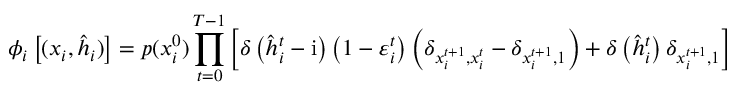
\phi _ { i } \left[ ( \boldsymbol { x } _ { i } , \hat { \boldsymbol { h } } _ { i } ) \right] = p ( x _ { i } ^ { 0 } ) \prod _ { t = 0 } ^ { T - 1 } \left[ \delta \left( \hat { h } _ { i } ^ { t } - \mathrm { i } \right) \left( 1 - \varepsilon _ { i } ^ { t } \right) \left( \delta _ { x _ { i } ^ { t + 1 } , x _ { i } ^ { t } } - \delta _ { x _ { i } ^ { t + 1 } , 1 } \right) + \delta \left( \hat { h } _ { i } ^ { t } \right) \delta _ { x _ { i } ^ { t + 1 } , 1 } \right]